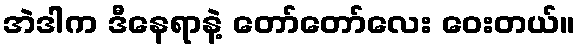
အဲဒါက ဒီနေရာနဲ့ တော်တော်လေး ဝေးတယ်။